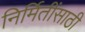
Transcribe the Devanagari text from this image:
निर्मितींसाठी